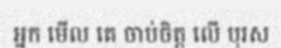
អ្នក មើល គេ ចាប់ចិត្ត លើ បុរស